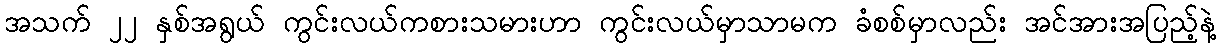
အသက် ၂၂ နှစ်အရွယ် ကွင်းလယ်ကစားသမားဟာ ကွင်းလယ်မှာသာမက ခံစစ်မှာလည်း အင်အားအပြည့်နဲ့